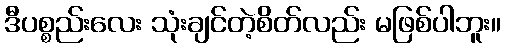
ဒီပစ္စည်းလေး သုံးချင်တဲ့စိတ်လည်း မဖြစ်ပါဘူး။